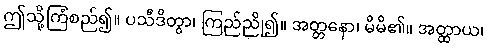
ဤသို့ကြံစည်၍။ ပသီဒိတွာ၊ ကြည်ညို၍။ အတ္တနော၊ မိမိ၏။ အတ္ထာယ၊